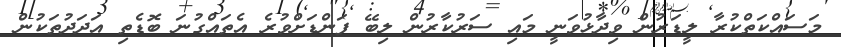
މަސައްކަތްކުރާ ލީޑަރުން ވިދާޅުވަނީ މައި ސަރުކާރުން ލިބޭ ފަންޑަށްވުރެ އެތައްގުނަ ބޮޑެތި އަދަދުތަކުން